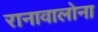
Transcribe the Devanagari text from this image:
रानावालोना